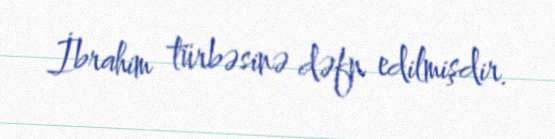
İbrahim türbəsinə dəfn edilmişdir.